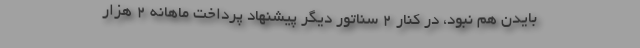
بایدن هم نبود، در کنار 2 سناتور دیگر پیشنهاد پرداخت ماهانه 2 هزار